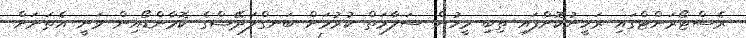
ރެސްޓޯރަންޓްގައި ރަހީނުކޮށްފައި ތިބި މީހުން ސަލާމަތް ކުރުމަށް ބަނގްލަދޭޝްގެ ކޮމާންޑޯއިން ވަނީ އެތަނަށް